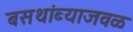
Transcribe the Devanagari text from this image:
बसथांब्याजवळ